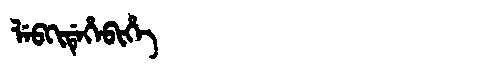
Manchu: ᠯᡝᠪᡴᡳᡩᡝᡥᡝᠪᡳᡥᡝ
Romanization: LEBKIDEHEBIHE